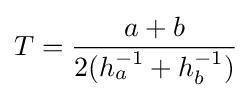
T={\frac {a+b}{2(h_{a}^{-1}+h_{b}^{-1})}}